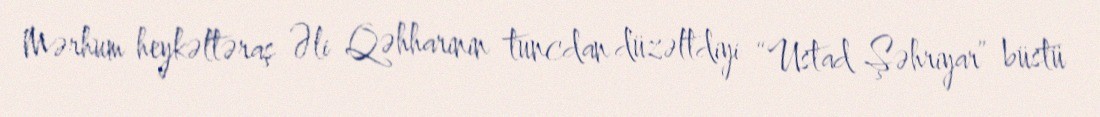
Mərhum heykəltəraş Əli Qəhharinin tuncdan düzəltdiyi “Ustad Şəhriyar” büstü